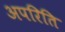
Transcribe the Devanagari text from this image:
अपरिति